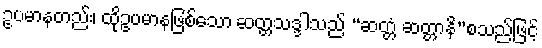
ဥပမာနတည်း၊ ထိုဥပမာနဖြစ်သော ဆတ္တသဒ္ဒါသည် “ဆတ္တံ ဆတ္တာနိ”စသည်ဖြင့်